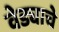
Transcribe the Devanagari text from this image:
वेड्याचे